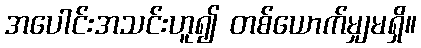
အပေါင်းအသင်းဟူ၍ တစ်ယောက်မျှမရှိ။